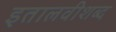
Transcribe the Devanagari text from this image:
इतालवीशब्द